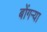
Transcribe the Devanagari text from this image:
बोंगऱ्या